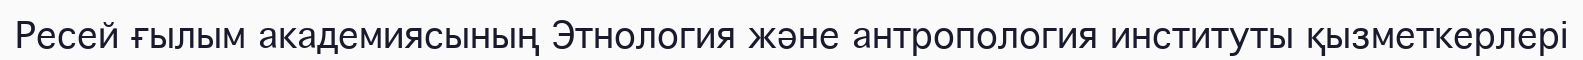
Ресей ғылым академиясының Этнология және антропология институты қызметкерлері